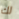
لك